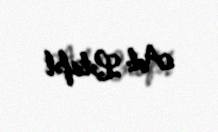
Ad: Lətafət